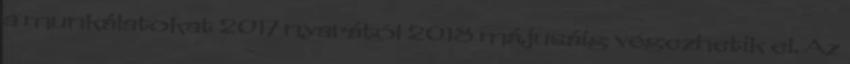
a munkálatokat 2017 nyarától 2018 májusáig végezhetik el. Az